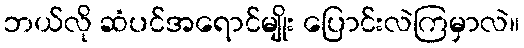
ဘယ်လို ဆံပင်အရောင်မျိုး ပြောင်းလဲကြမှာလဲ။